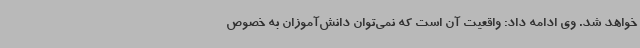
خواهد شد. وی ادامه داد: واقعیت آن است که نمی‌توان دانش‌آموزان به خصوص